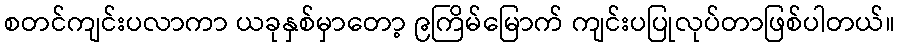
စတင်ကျင်းပလာကာ ယခုနှစ်မှာတော့ ၉ကြိမ်မြောက် ကျင်းပပြုလုပ်တာဖြစ်ပါတယ်။